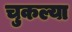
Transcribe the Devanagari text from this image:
चुकल्या